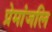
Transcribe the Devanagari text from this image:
प्रेमांजलि